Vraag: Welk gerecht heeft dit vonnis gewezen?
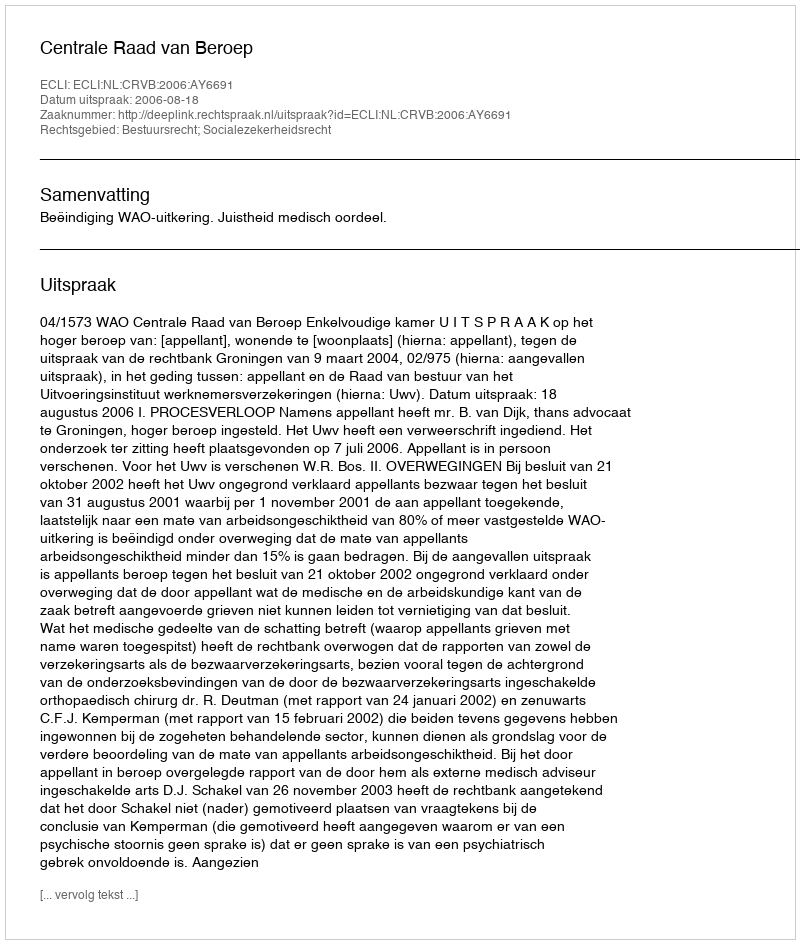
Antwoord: Centrale Raad van Beroep